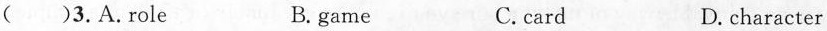
( )3.A.role B. game C.card D.character